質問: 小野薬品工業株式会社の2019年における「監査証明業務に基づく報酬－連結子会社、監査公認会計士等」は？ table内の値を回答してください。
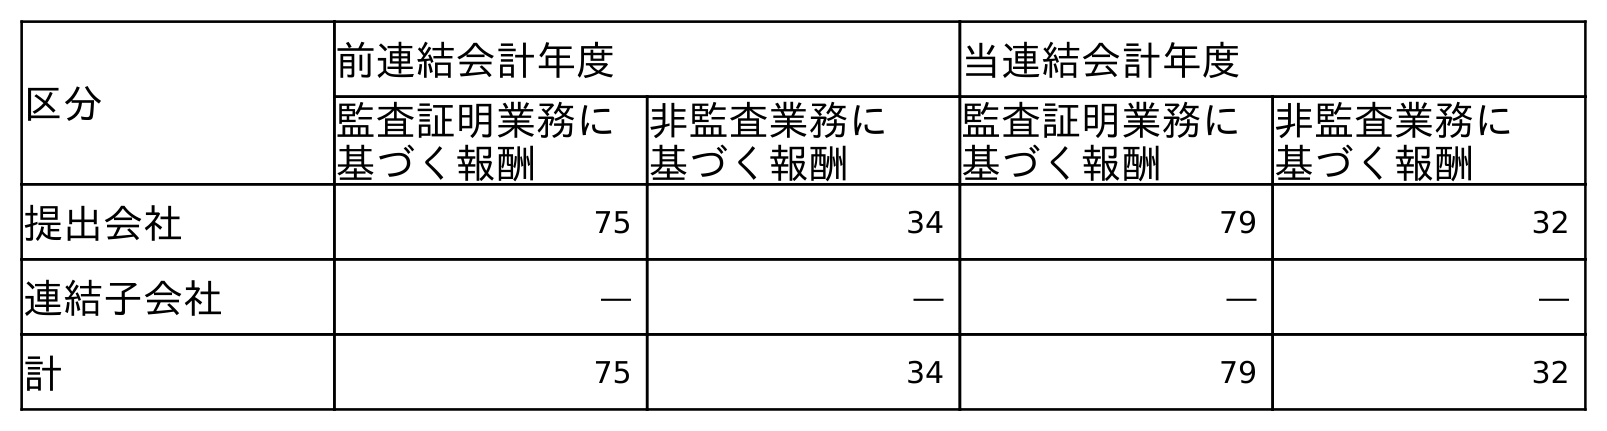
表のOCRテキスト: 区分 前連結会計年度 当連結会計年度 監査証明業務に 基づく報酬 非監査業務に 基づく報酬 監査証明業務に 基づく報酬 非監査業務に 基づく報酬 提出会社 75 34 79 32 連結子会社 ― ― ― ― 計 75 34 79 32
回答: ―